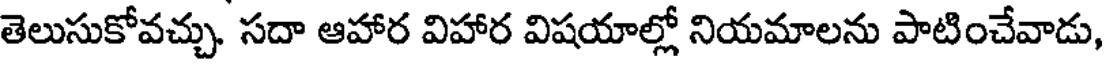
తెలుసుకోవచ్చు. సదా ఆహార విహార విషయాల్లో నియమాలను పాటించేవాడు,